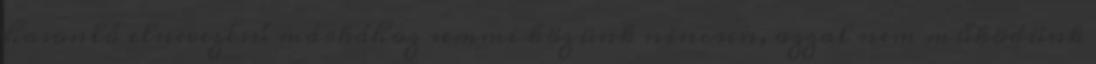
hasonló elnevezésű márkához semmi közünk nincsen, azzal nem működünk